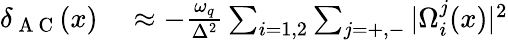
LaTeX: \begin{array}{rl}{\delta_{\mathrm{~A~C~}}(x)}&{{}\approx-\frac{\omega_{q}}{\Delta^{2}}\sum_{i=1,2}\sum_{j=+,-}|\Omega_{i}^{j}(x)|^{2}}\end{array}